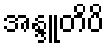
အန္ဒူတိပိ